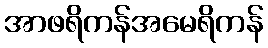
အာဖရိကန်အမေရိကန်